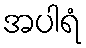
အပါရံ